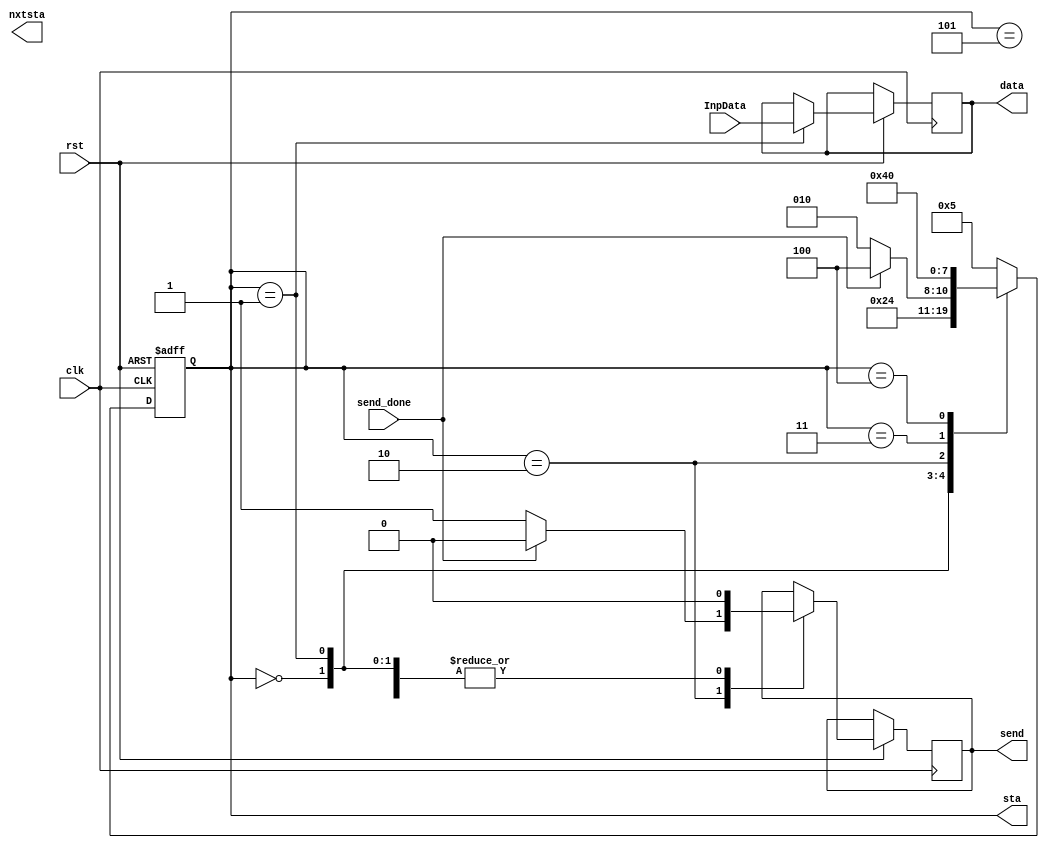
`define SendToPC 39
`define SendToPCSize 40
module uart_test(
	input clk,
	input rst,
	input send_done,
	input [39:0] InpData,
	output wire send,
	output wire [`SendToPC:0] data,
	output wire [3:0] sta,
	output wire [3:0] nxtsta
);
reg [`SendToPC:0] Data;
reg tosend;
reg [3:0] status;
reg [3:0] nxt_sta;
assign send=tosend;
assign data=Data;
assign sta=status;
assign nxtsta=nxt_sta;
//initial begin
//	tosend<=1'b0;
//	status<=0;
//end
always @(posedge clk or negedge rst)begin
	if (!rst) status<=0;
	else begin
			case (status)
					0:begin
						status <= 1;
						tosend<=1'b0;
					end
					1:begin
						status <= 2;
						tosend<=1'b0;
						Data<=InpData;
					end
					2:begin
						if(send_done==1'b1)begin
							status<=4;
							tosend<=1'b0;
						end
						else begin
							status<=2;
							//Data<=40'b0000000000000000111111001111100111100111;
							tosend<=1'b1;
						end
					end
					3:begin
						tosend<=1'b0;
						status <= 4;
					end
					4:begin
						tosend<=1'b0;
						status <= 0;
					end
					5:begin
						tosend<=1'b0;
						status <= 5;
					end
					default: status<=5;
			endcase
		end
end

endmodule